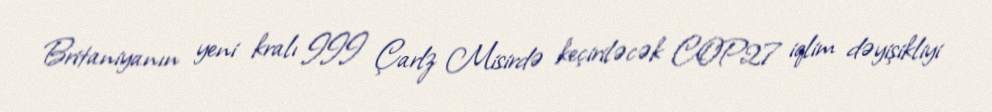
Britaniyanın yeni kralı III Çarlz Misirdə keçiriləcək COP27 iqlim dəyişikliyi